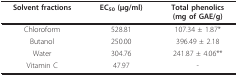
<table><thead><tr><td><b>Solvent fractions</b></td><td><b>EC<sub>50 </sub>(μg/ml)</b></td><td><b>Total phenolics(mg of GAE/g)</b></td></tr></thead><tbody><tr><td>Chloroform</td><td>528.81</td><td>107.34 ± 1.87*</td></tr><tr><td>Butanol</td><td>250.00</td><td>396.49 ± 2.18</td></tr><tr><td>Water</td><td>304.76</td><td>241.87 ± 4.06**</td></tr><tr><td>Vitamin C</td><td>47.97</td><td>-</td></tr></tbody></table>